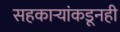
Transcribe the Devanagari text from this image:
सहकार्‍यांकडूनही